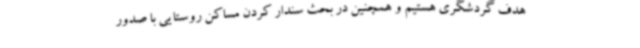
هدف گردشگری هستیم و همچنین در بحث سندار کردن مساکن روستایی با صدور